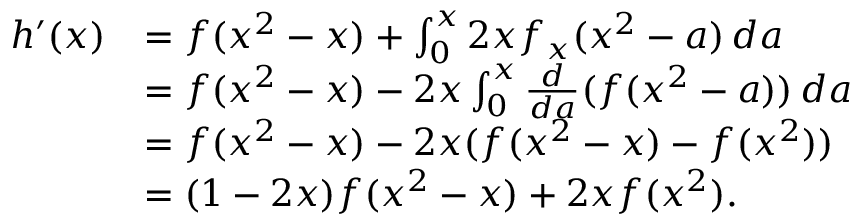
\begin{array} { r l } { h ^ { \prime } ( x ) } & { = f ( x ^ { 2 } - x ) + \int _ { 0 } ^ { x } 2 x f _ { x } ( x ^ { 2 } - a ) \, d a } \\ & { = f ( x ^ { 2 } - x ) - 2 x \int _ { 0 } ^ { x } \frac { d } { d a } ( f ( x ^ { 2 } - a ) ) \, d a } \\ & { = f ( x ^ { 2 } - x ) - 2 x ( f ( x ^ { 2 } - x ) - f ( x ^ { 2 } ) ) } \\ & { = ( 1 - 2 x ) f ( x ^ { 2 } - x ) + 2 x f ( x ^ { 2 } ) . } \end{array}